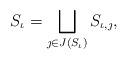
LaTeX: \begin{align*} S_\iota = \bigsqcup_{\jmath\in J(S_\iota)}S_{\iota, \jmath},\end{align*}